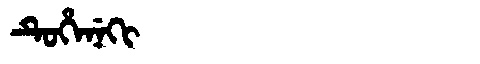
Manchu: ᡨᡠᡥᡝᠨᡝᡴᡳ
Romanization: TUHENEKI